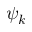
\psi _ { k }